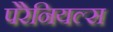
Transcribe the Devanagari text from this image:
पेरेनियल्स